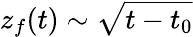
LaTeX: z_{f}(t)\sim\sqrt{t-t_{0}}